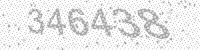
Solution: 346438